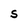
Character: S